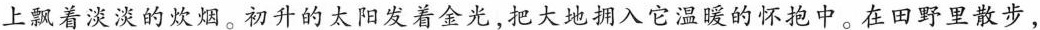
上飘着淡淡的炊烟。初升的太阳发着金光，把大地拥入它温暖的怀抱中。在田野里散步，